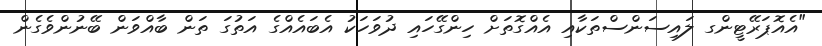
"އެއޮޕަރޭޓީންގ ލައިސަންސްތަކާއި އެއްގޮތަށް ހިންގޭހައި ދުވަހަކު އެބައެއްގެ އަތުގަ ތަން ބާއްވަން ބޭނުންވެގެން